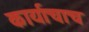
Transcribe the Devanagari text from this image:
कार्याचाच